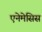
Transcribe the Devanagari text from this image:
एनेमेसिस